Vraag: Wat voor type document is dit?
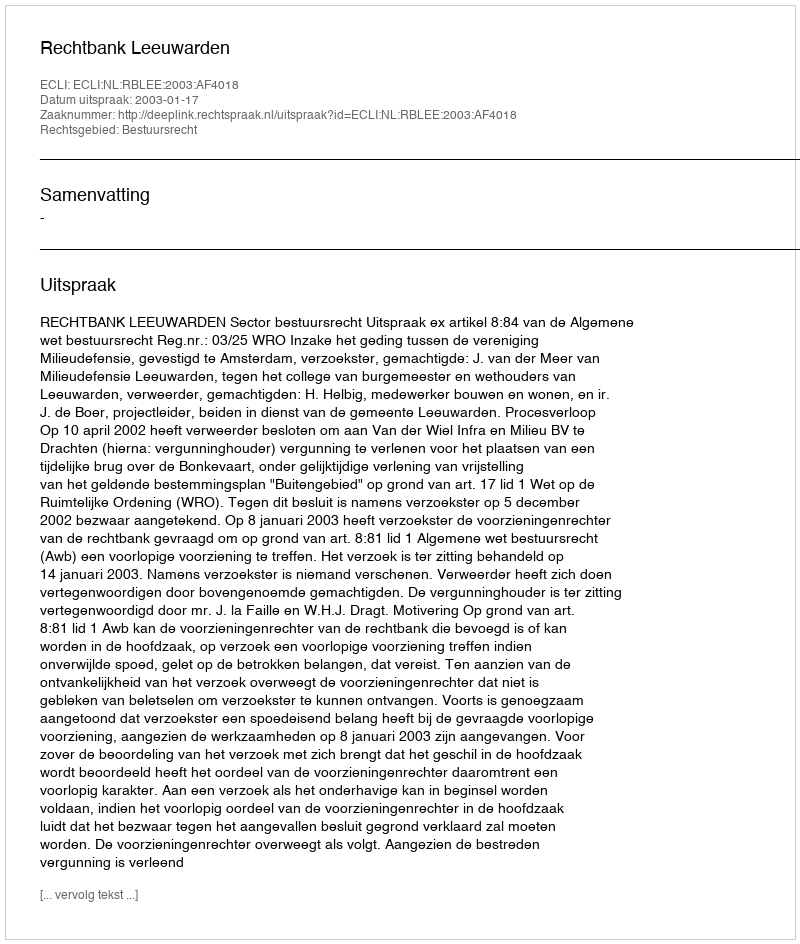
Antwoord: Uitspraak